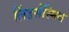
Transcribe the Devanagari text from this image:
लिंडर्सस्मिथ